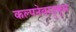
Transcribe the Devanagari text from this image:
कल्पनेबरहुकूम